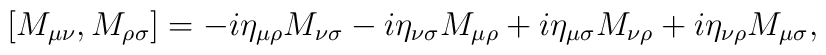
\protect[M_{\mu\nu}, M_{\rho\sigma}] = -i\eta_{\mu\rho}M_{\nu\sigma}  - i\eta_{\nu\sigma}M_{\mu\rho} + i\eta_{\mu\sigma}M_{\nu\rho}  + i\eta_{\nu\rho}M_{\mu\sigma},